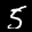
Label: 5